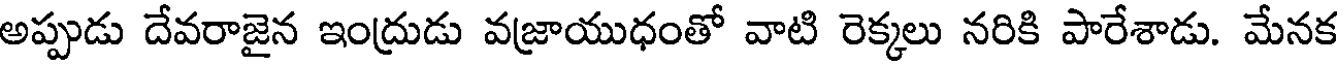
అప్పుడు దేవరాజైన ఇంద్రుడు వజ్రాయుధంతో వాటి రెక్కలు నరికి పారేశాడు. మేనక